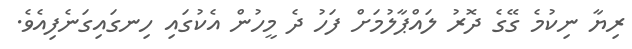
ރިޔާ ނިކުމެ ގޭގެ ދޮރު ލައްޕާލުމަށް ފަހު ދެ މީހުން އެކުގައި ހިނގައިގަނެފިއެވެ.